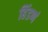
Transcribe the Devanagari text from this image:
हिंडणं